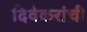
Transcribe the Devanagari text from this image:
दिवेकरांची